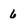
Character: 6